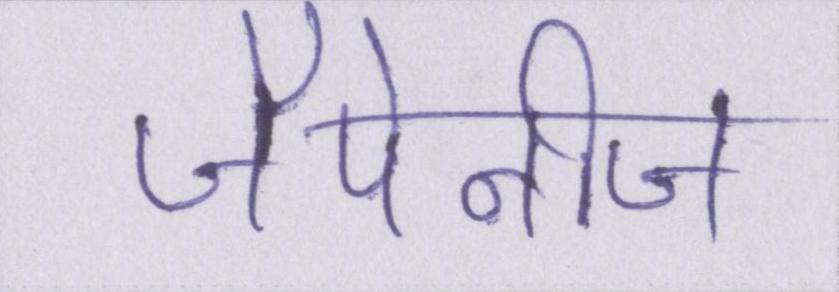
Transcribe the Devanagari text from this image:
जैपेनीज